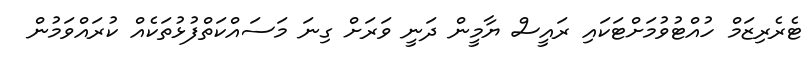
ޓެރެރިޒަމް ހުއްޓުވުމަށްޓަކައި ރައީސް ޔާމީން ދަނީ ވަރަށް ގިނަ މަސައްކަތްފުޅުތަކެއް ކުރައްވަމުން